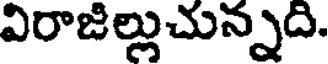
విరాజిల్లుచున్నది.